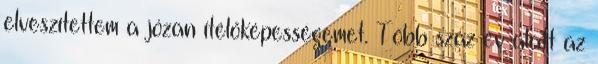
elveszítettem a józan ítélőképességemet. Több száz év alatt az